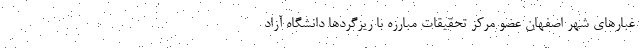
غبارهای شهر اصفهان عضو مرکز تحقیقات مبارزه با ریزگردها دانشگاه آزاد